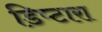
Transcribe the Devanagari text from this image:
डिप्टारा